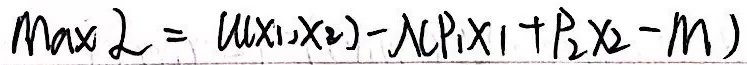
Max \(\mathcal{L}=u(x_1,x_2)-\lambda(p_1x_1 + p_2x_2 - M)\)